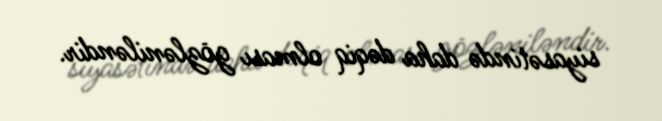
siyasətində daha dəqiq olması gözləniləndir.